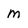
Character: m